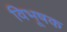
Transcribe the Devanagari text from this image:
विभूषक